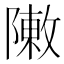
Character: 敶